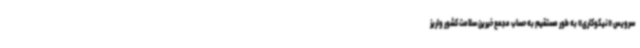
سرویس «نیکوکاری» به طور مستقیم به حساب مجمع خیرین سلامت کشور واریز